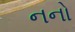
નનો